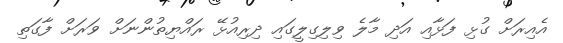
އެއިރަށް ގުޅި ފަޅާއި އަދި މާލެ ވިލިގިލީގައި ދިިރިއުޅޭ ރައްޔިތުންނަށް ވަރަށް ފާގަތި